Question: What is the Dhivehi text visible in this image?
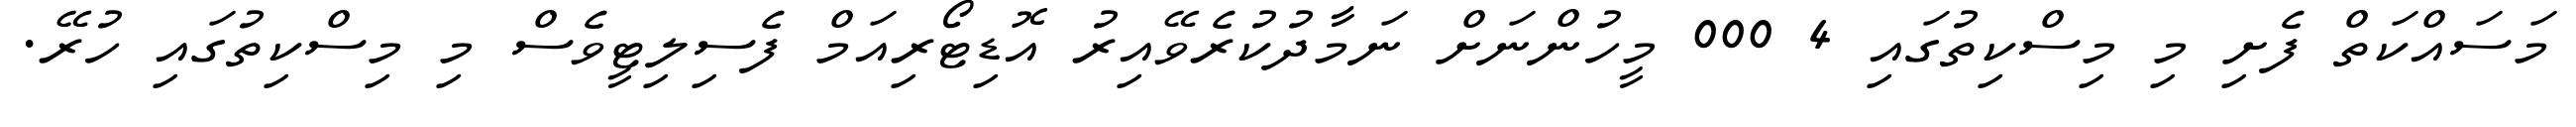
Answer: މަސައްކަތް ފެށި މި މިސްކިތުގައި 4 000 މީހުންނަށް ނަމާދުކުރެވޭއިރު އޮޑިޓޯރިއަމް ފެސިލިޓީވެސް މި މިސްކިތުގައި ހުރޭ.